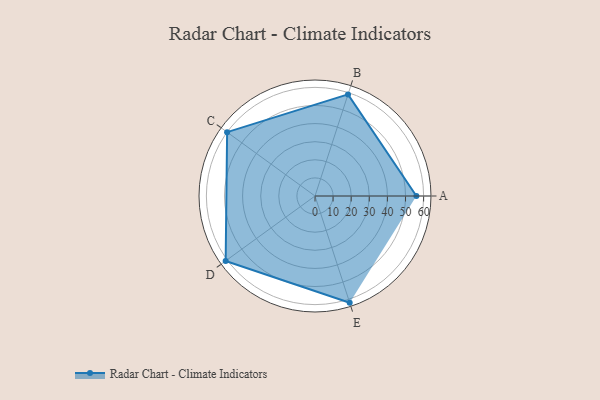
{"axis": {"x": "Skill", "y": "Score"}, "legend": ["Profile"], "data": [{"x": "A", "y": 56.0, "type": "Profile"}, {"x": "B", "y": 59.0, "type": "Profile"}, {"x": "C", "y": 60.0, "type": "Profile"}, {"x": "D", "y": 61.0, "type": "Profile"}, {"x": "E", "y": 62.0, "type": "Profile"}]}